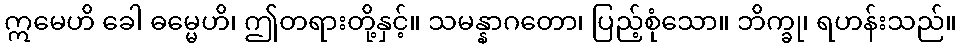
ဣမေဟိ ခေါ ဓမ္မေဟိ၊ ဤတရားတို့နှင့်။ သမန္နာဂတော၊ ပြည့်စုံသော။ ဘိက္ခု၊ ရဟန်းသည်။